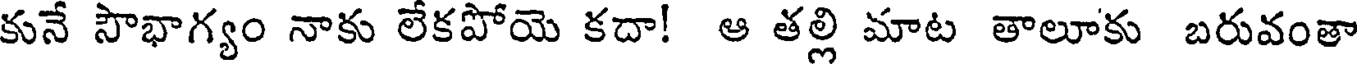
కునే సౌభాగ్యం నాకు లేకపోయె కదా! ఆ తల్లి మాట తాలూకు బరువంతా